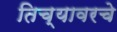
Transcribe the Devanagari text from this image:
तिच्यावरचे